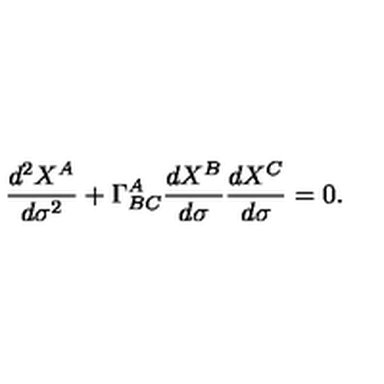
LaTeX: \frac { d ^ { 2 } X ^ { A } } { d \sigma ^ { 2 } } + \Gamma _ { B C } ^ { A } \frac { d X ^ { B } } { d \sigma } \frac { d X ^ { C } } { d \sigma } = 0 .